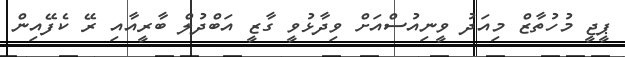
ޕީޖީ މުހުތާޒް މިއަދު ވީނިއުސްއަށް ވިދާޅުވީ ގާޒީ އަބްދުލް ބާރީއާއި ރޭ ކެފޭއިން